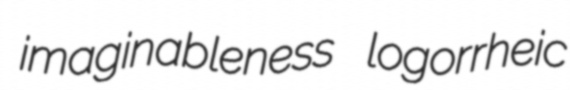
imaginableness logorrheic